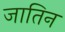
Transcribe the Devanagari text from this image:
जातिन